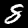
Digit: 8